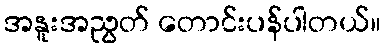
အနူးအညွတ် တောင်းပန်ပါတယ်။